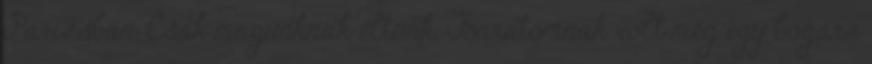
Párizsban. Csak magunknak éltünk. Barátomnak volt még egy bogara